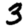
Digit: 3